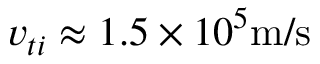
v _ { t i } \approx 1 . 5 \times 1 0 ^ { 5 } \mathrm { m / s }